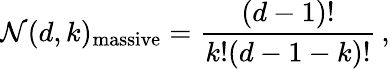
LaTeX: \mathcal{N}(d,k)_{\mathrm{{massive}}}=\frac{{(d-1)!}}{{k!(d-1-k)!}}\, ,